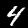
Digit: 4